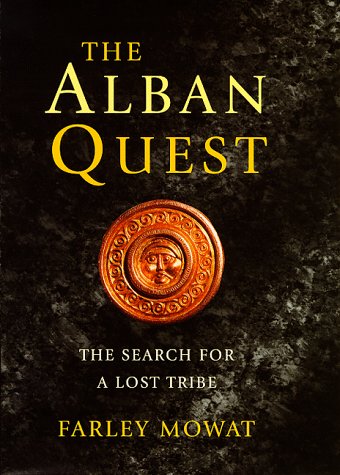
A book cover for Alban Quest the Search for the Lost Tribe; Farley Mowat; History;